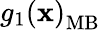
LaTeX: g_{1}\left(\mathbf{x}\right)_{\mathrm{{MB}}}